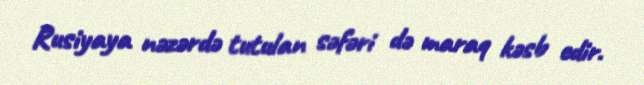
Rusiyaya nəzərdə tutulan səfəri də maraq kəsb edir.